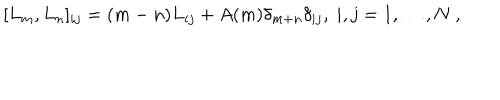
[ L _ { m } , L _ { n } ] _ { i j } = ( m - n ) L _ { i j } + A ( m ) \delta _ { m + n } \delta _ { i j } , \ i , j = 1 , \dots , N \ ,